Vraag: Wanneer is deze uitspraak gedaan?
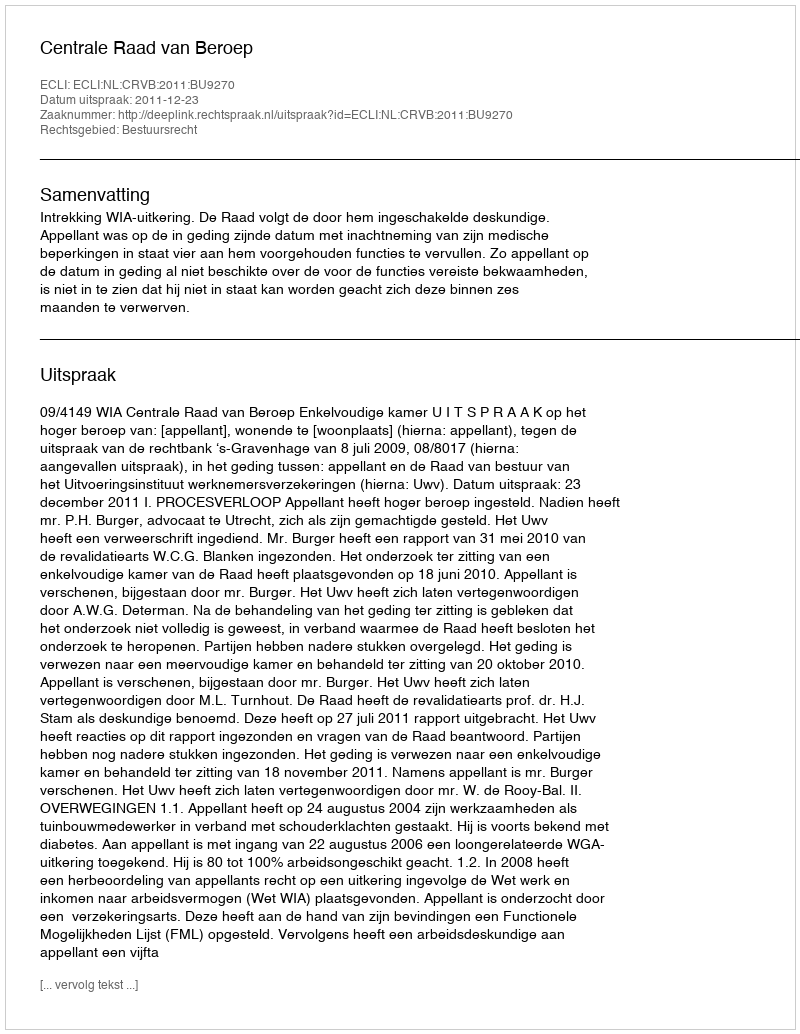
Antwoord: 2011-12-23